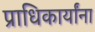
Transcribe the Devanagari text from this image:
प्राधिकार्यांना